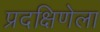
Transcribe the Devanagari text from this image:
प्रदक्षिणेला